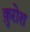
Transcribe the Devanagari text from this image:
क़ुरोश